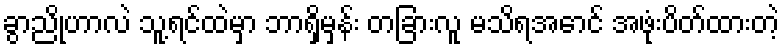
ခွာညိုဟာလဲ သူ့ရင်ထဲမှာ ဘာရှိမှန်း တခြားလူ မသိရအောင် အဖုံးပိတ်ထားတဲ့